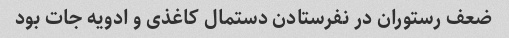
ضعف رستوران در نفرستادن دستمال کاغذی و ادویه جات بود